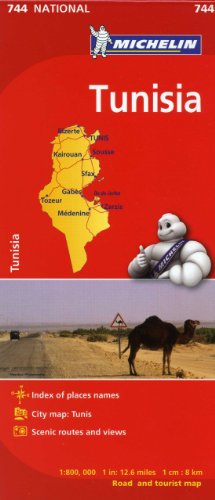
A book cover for Michelin Map Africa Tunisia 744 (Maps/Country (Michelin)); Michelin Travel & Lifestyle; Travel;